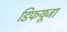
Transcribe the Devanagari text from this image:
डिफयूजा